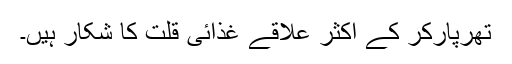
تھرپارکر کے اکثر علاقے غذائی قلت کا شکار ہیں۔